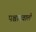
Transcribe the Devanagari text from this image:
पश्चात्‌वाली